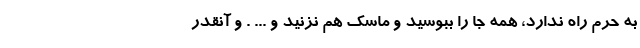
به حرم راه ندارد، همه جا را ببوسید و ماسک هم نزنید و ... . و آنقدر